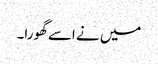
میں نے اسے گھورا۔